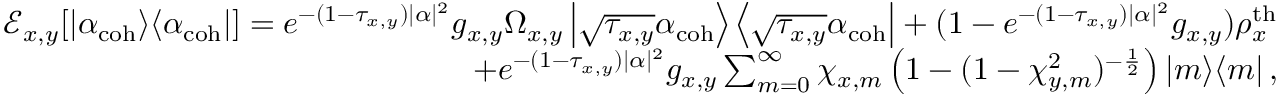
\begin{array} { r } { \mathcal { E } _ { x , y } [ \left| \alpha _ { \mathrm { c o h } } \middle > \middle < \alpha _ { \mathrm { c o h } } \right| ] = e ^ { - ( 1 - \tau _ { x , y } ) | \alpha | ^ { 2 } } g _ { x , y } \Omega _ { x , y } \left| \sqrt { \tau _ { x , y } } \alpha _ { \mathrm { c o h } } \middle > \middle < \sqrt { \tau _ { x , y } } \alpha _ { \mathrm { c o h } } \right| + ( 1 - e ^ { - ( 1 - \tau _ { x , y } ) | \alpha | ^ { 2 } } g _ { x , y } ) \rho _ { x } ^ { \mathrm { t h } } } \\ { + e ^ { - ( 1 - \tau _ { x , y } ) | \alpha | ^ { 2 } } g _ { x , y } \sum _ { m = 0 } ^ { \infty } \chi _ { x , m } \left( 1 - ( 1 - \chi _ { y , m } ^ { 2 } ) ^ { - \frac { 1 } { 2 } } \right) \left| m \middle > \middle < m \right| , } \end{array}